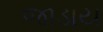
જાડાય